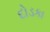
દોડકા